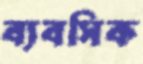
ব্যবসিক